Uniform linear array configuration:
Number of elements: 8
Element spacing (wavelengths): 0.75
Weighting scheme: blackman
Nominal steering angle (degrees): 45
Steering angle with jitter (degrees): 44.244
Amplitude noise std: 0.05
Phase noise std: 0.05

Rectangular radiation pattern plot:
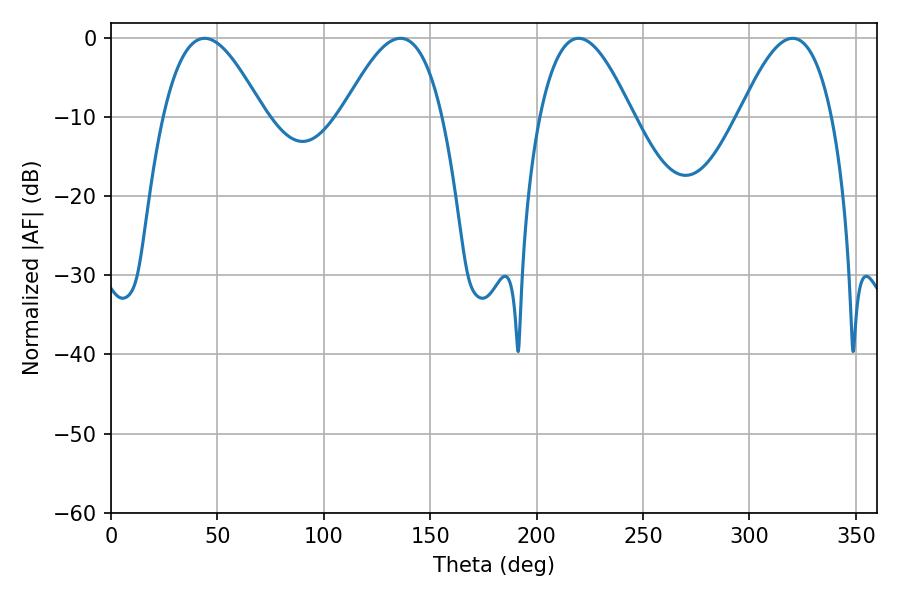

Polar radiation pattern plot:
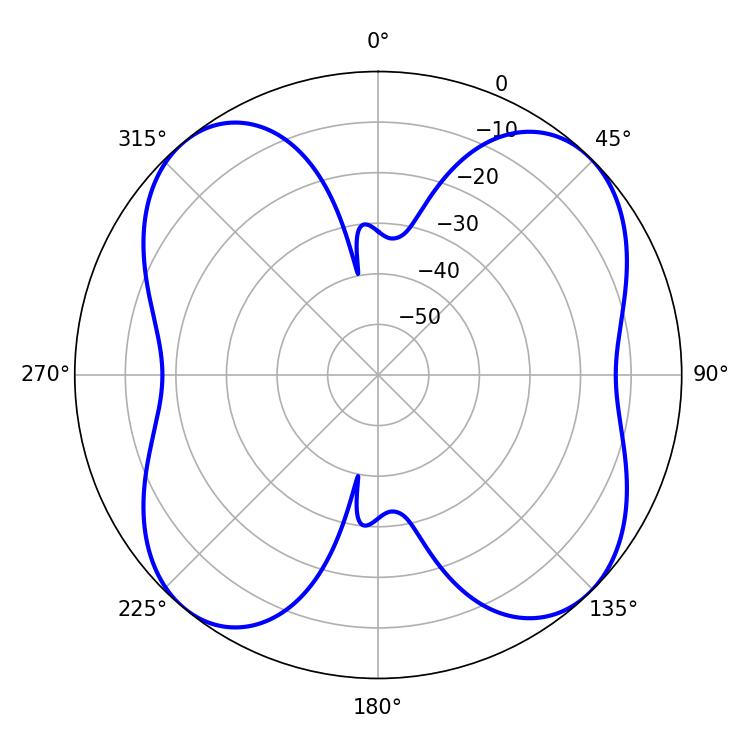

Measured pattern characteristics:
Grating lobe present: TRUE
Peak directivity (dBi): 12.555
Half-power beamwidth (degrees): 25.56
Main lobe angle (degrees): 43.92